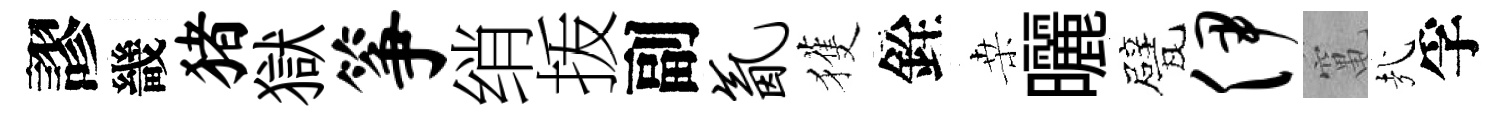
謬畿猪獄筝绡㧞副氤獲銓桒曬甓伊𥧄㢤孚